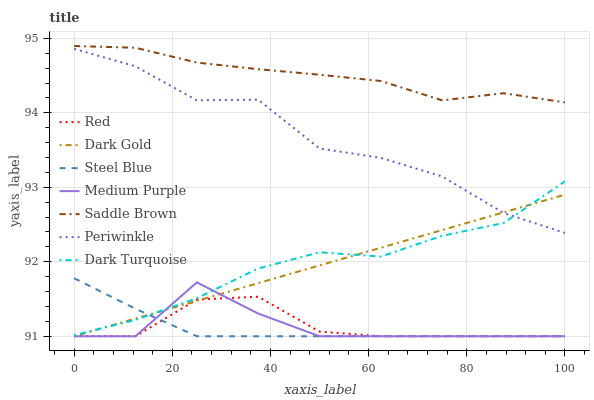
| xaxis_label | Red | Dark Gold | Steel Blue | Medium Purple | Saddle Brown | Periwinkle | Dark Turquoise |
 | --- | --- | --- | --- | --- | --- | --- | --- |
 | 0 | 91 | 91 | 91.8 | 91 | 94.9 | 94.9 | 91 |
 | 12.5 | 91 | 91.2 | 91.4 | 91 | 94.9 | 94.6 | 91.2 |
 | 25 | 91.5 | 91.5 | 91 | 91.7 | 94.7 | 94.2 | 91.5 |
 | 37.5 | 91.5 | 91.7 | 91 | 91.3 | 94.6 | 94.2 | 91.9 |
 | 50 | 91.1 | 92 | 91 | 91 | 94.5 | 93.5 | 92.1 |
 | 62.5 | 91 | 92.2 | 91 | 91 | 94.4 | 93.4 | 92.1 |
 | 75 | 91 | 92.4 | 91 | 91 | 94.2 | 93.1 | 92.3 |
 | 87.5 | 91 | 92.7 | 91 | 91 | 94.3 | 92.7 | 92.5 |
 | 100 | 91 | 92.9 | 91 | 91 | 94.1 | 92.4 | 93.1 |